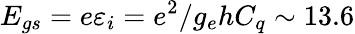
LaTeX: E_{gs}=e\varepsilon_{i}=e^{2}/g_{e}hC_{q}\sim 13.6